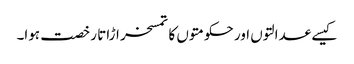
کیسے عدالتوں اور حکومتوں کا تمسخر اڑاتا رخصت ہوا۔